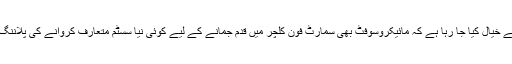
اس مناسبت سے خیال کیا جا رہا ہے کہ مائیکروسوفٹ بھی سمارٹ فون کلچر میں قدم جمانے کے لیے کوئی نیا سسٹم متعارف کروانے کی پلاننگ کر سکتا ہے۔